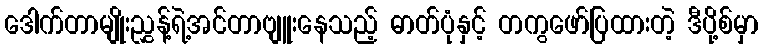
ဒေါက်တာမျိုးညွှန့်ရဲ့အင်တာဗျူးနေသည့် ဓာတ်ပုံနှင့် တကွဖော်ပြထားတဲ့ ဒီပို့စ်မှာ